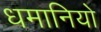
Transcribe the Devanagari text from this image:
धमानियो